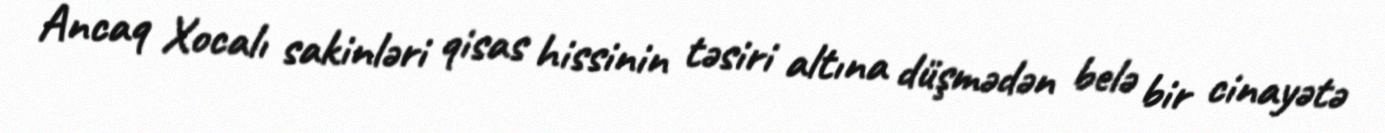
Ancaq Xocalı sakinləri qisas hissinin təsiri altına düşmədən belə bir cinayətə